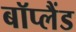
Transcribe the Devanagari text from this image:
बॉप्लैंड